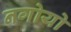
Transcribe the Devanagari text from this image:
नगोयो